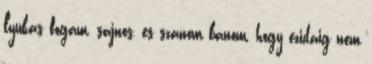
lyukas fogam, sajnos, es szanom banom, hogy ezidaig nem